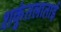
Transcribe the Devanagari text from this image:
शकुंतलाताई